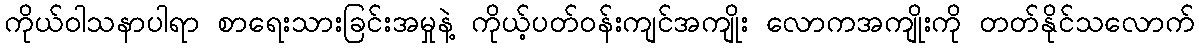
ကိုယ်ဝါသနာပါရာ စာရေးသားခြင်းအမှုနဲ့ ကိုယ့်ပတ်ဝန်းကျင်အကျိုး လောကအကျိုးကို တတ်နိုင်သလောက်